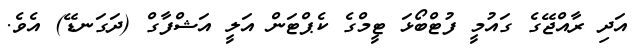
އަދި ރާއްޖޭގެ ގައުމީ ފުޓްބޯޅަ ޓީމްގެ ކެޕްޓަން އަލީ އަޝްފާގް (ދަގަނޑޭ) އެވެ.